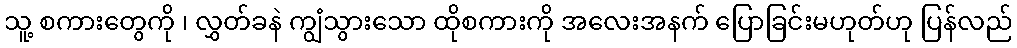
သူ့ စကားတွေကို ၊ လွှတ်ခနဲ ကျွံသွားသော ထိုစကားကို အလေးအနက် ပြောခြင်းမဟုတ်ဟု ပြန်လည်